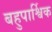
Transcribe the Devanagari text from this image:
बहुपार्श्विक